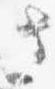
さ